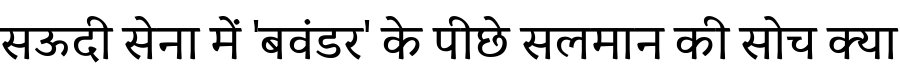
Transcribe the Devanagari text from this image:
सऊदी सेना में 'बवंडर' के पीछे सलमान की सोच क्या